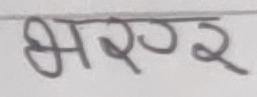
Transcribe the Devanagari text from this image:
भरजर